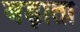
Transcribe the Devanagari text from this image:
बड़ाता